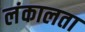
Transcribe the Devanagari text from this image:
लंकालता